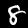
Digit: 8